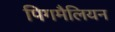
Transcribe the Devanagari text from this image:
पिगमैलियन